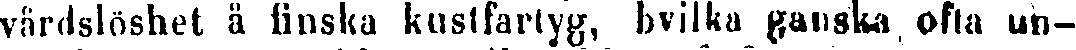
vårdslöshet å finska kustfartyg, bvilka ganska ofta un-